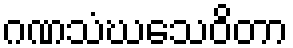
ဂဏသံဃသေဝိတာ